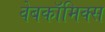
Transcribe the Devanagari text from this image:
वेबकाॅमिक्स